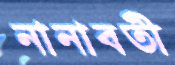
নানাবতী